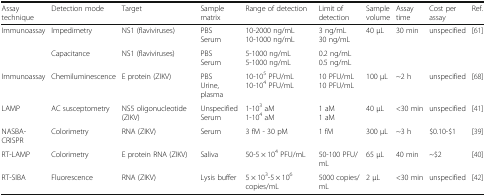
| Assay technique | Detection mode | Target | Sample matrix | Range of detection | Limit of detection | Sample volume | Assay time | Cost per assay | Ref. |
 | --- | --- | --- | --- | --- | --- | --- | --- | --- | --- |
 | <ROWSPAN=2> Immunoassay | Impedimetry | NS1 (flaviviruses) | PBSSerum | 10-2000 ng/mL10-1000 ng/mL | 3 ng/mL30 ng/mL | <ROWSPAN=2> 40 μL | <ROWSPAN=2> 30 min | <ROWSPAN=2> unspecified | <ROWSPAN=2> [61] |
 | Capacitance | NS1 (flaviviruses) | PBSSerum | 5-1000 ng/mL5-1000 ng/mL | 0.2 ng/mL0.5 ng/mL |
 | Immunoassay | Chemiluminescence | E protein (ZIKV) | PBSUrine, plasma | 10-105 PFU/mL10-104 PFU/mL | 10 PFU/mL10 PFU/mL | 100 μL | ~2 h | unspecified | [68] |
 | LAMP | AC susceptometry | NS5 oligonucleotide (ZIKV) | UnspecifiedSerum | 1-103 aM1-104 aM | 1 aM1 aM | 40 μL | <30 min | unspecified | [41] |
 | NASBA-CRISPR | Colorimetry | RNA (ZIKV) | Serum | 3 fM - 30 pM | 1 fM | 300 μL | ~3 h | $0.10-$1 | [39] |
 | RT-LAMP | Colorimetry | E protein RNA (ZIKV) | Saliva | 50-5 × 104 PFU/mL | 50-100 PFU/mL | 65 μL | 40 min | ~$2 | [40] |
 | RT-SIBA | Fluorescence | RNA (ZIKV) | Lysis buffer | 5 × 103-5 × 106 copies/mL | 5000 copies/mL | 2 μL | <30 min | unspecified | [42] |